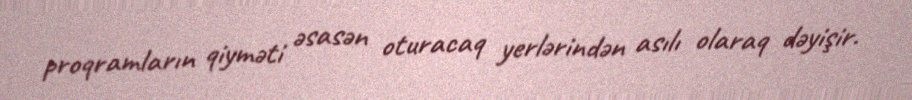
proqramların qiyməti əsasən oturacaq yerlərindən asılı olaraq dəyişir.